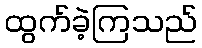
ထွက်ခဲ့ကြသည်